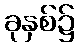
ခုနှစ်၌